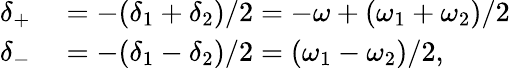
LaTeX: \begin{array}{rl}{\delta_{+}}&{{}=-(\delta_{1}+\delta_{2})/2=-\omega+(\omega_{1}+\omega_{2})/2}\\ {\delta_{-}}&{{}=-(\delta_{1}-\delta_{2})/2=(\omega_{1}-\omega_{2})/2,}\end{array}